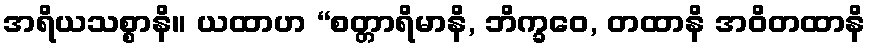
အရိယသစ္စာနိ။ ယထာဟ “စတ္တာရိမာနိ, ဘိက္ခဝေ, တထာနိ အဝိတထာနိ